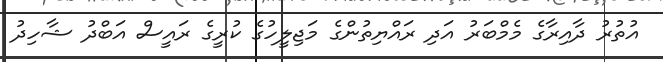
އުތުރު ދާއިރާގެ މެމްބަރު އަދި ރައްޔިތުންގެ މަޖިލީހުގެ ކުރީގެ ރައީސް އަބްދު ޝާހިދު